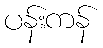
ပန်းကန်